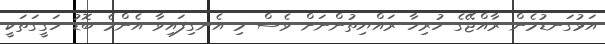
އަޅުގަނޑުމެން ރާއްޖޭގެ ހުރިހާ ރައްޔިތުންނަށް ވެސް މި އެނގިފައިވާ އެންމެ ބޮޑު ހަގީގަތަކީ